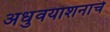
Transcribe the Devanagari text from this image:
अधुवयाशनाचे